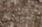
تقبيله